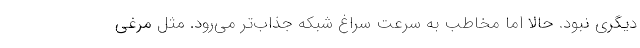
دیگری نبود. حالا اما مخاطب به سرعت سراغ شبکه جذاب‌تر می‌رود. مثل مرغی